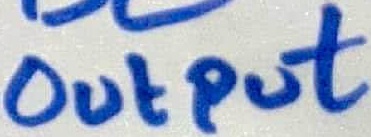
Text: OUTPUT